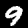
Digit: 9